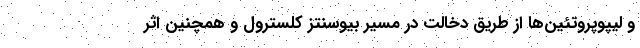
و لیپوپروتئین‌ها از طریق دخالت در مسیر بیوسنتز کلسترول و همچنین اثر